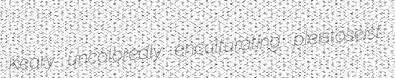
Keary uncoloredly enculturating pleistoseist